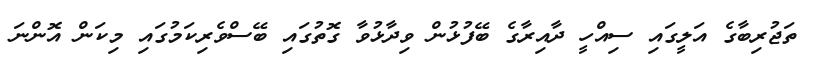
ތަޖުރިބާގެ އަލީގައި ސިއްހީ ދާއިރާގެ ބޭފުޅުން ވިދާޅުވާ ގޮތުގައި ބޭސްވެރިކަމުގައި މިކަން އޮންނަ